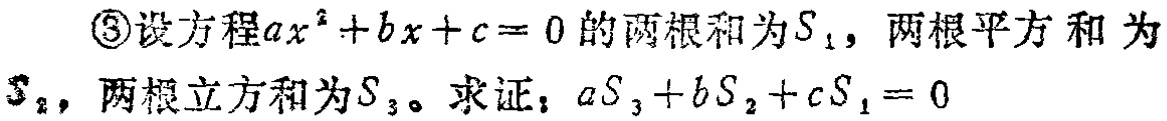
\textcircled{3}设方程\(ax^{2}+bx + c = 0\)的两根和为\(S_{1}\)，两根平方和为\(S_{2}\)，两根立方和为\(S_{3}\)。求证：\(aS_{3}+bS_{2}+cS_{1}=0\)